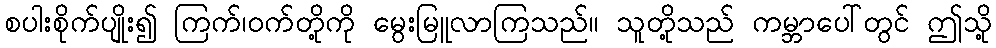
စပါးစိုက်ပျိုး၍ ကြက်၊ဝက်တို့ကို မွေးမြူလာကြသည်။ သူတို့သည် ကမ္ဘာပေါ်တွင် ဤသို့